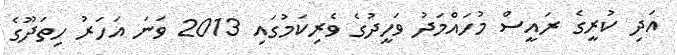
އަދި ކުރީގެ ރައީސް މުހައްމަދު ވަހީދުގެ ވެރިކަމުގައި 2013 ވަނަ އަހަރު ހިތަދޫގެ